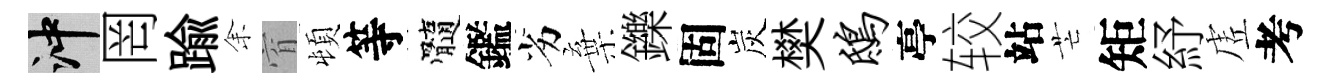
冲罔踰𪜬窅頓等髓鑑劣棄鑠固炭樊鸱亭较站芒矩紓虗考